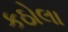
કઠોલા